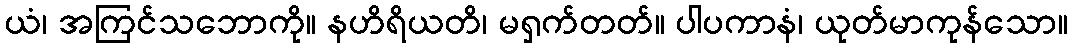
ယံ၊ အကြင်သဘောကို။ နဟိရိယတိ၊ မရှက်တတ်။ ပါပကာနံ၊ ယုတ်မာကုန်သော။